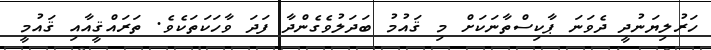
ހަރުލިޔަނުދީ ދެވަނަ ޕާކިސްތާނަކަށް މި ޤައުމު ބަދަލުވެގެންދާ ފަދަ ވާހަކަތަކެވެ. ތަރައްޤީއާއި ޤައުމީ